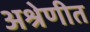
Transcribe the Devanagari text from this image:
अश्रेणीत